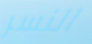
النسر